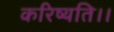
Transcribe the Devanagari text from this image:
करिष्यति।।